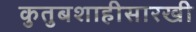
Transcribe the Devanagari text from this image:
कुतुबशाहीसारखी